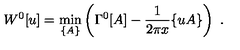
W ^ { 0 } [ u ] = \min _ { \{ A \} } \left( \Gamma ^ { 0 } [ A ] - \frac { 1 } { 2 \pi x } \{ u A \} \right) \ .